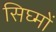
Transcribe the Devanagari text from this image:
सिघ्मों